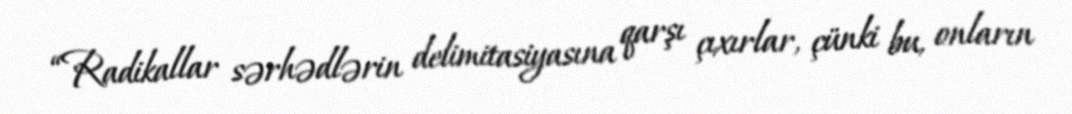
“Radikallar sərhədlərin delimitasiyasına qarşı çıxırlar, çünki bu, onların